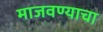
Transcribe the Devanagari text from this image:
माजवण्याचा